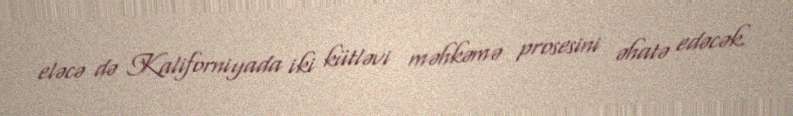
eləcə də Kaliforniyada iki kütləvi məhkəmə prosesini əhatə edəcək.